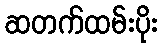
ဆတက်ထမ်းပိုး